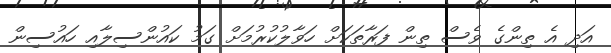
އަދި އެ ތިންގެ ވެސް ތިން ފަރާތަކަށް ހަވާލުކުރުމަށް ގަމު ކައުންސިލާއި ހައުސިން